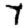
Digit: 7